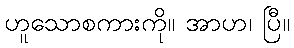
ဟူသောစကားကို။ အာဟ၊ ပြီ။